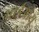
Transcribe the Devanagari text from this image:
आईओयू